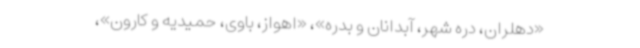
«دهلران، دره شهر، آبدانان و بدره»، «اهواز، باوی، حمیدیه و کارون»،